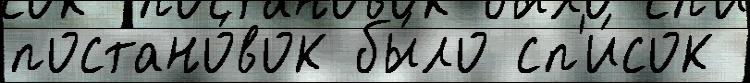
постано́вок бы́ло сп'и́сок